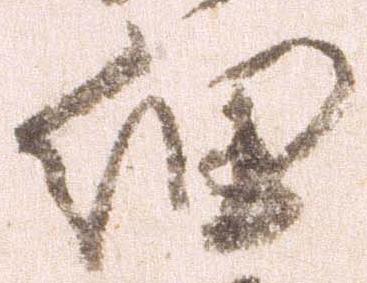
細